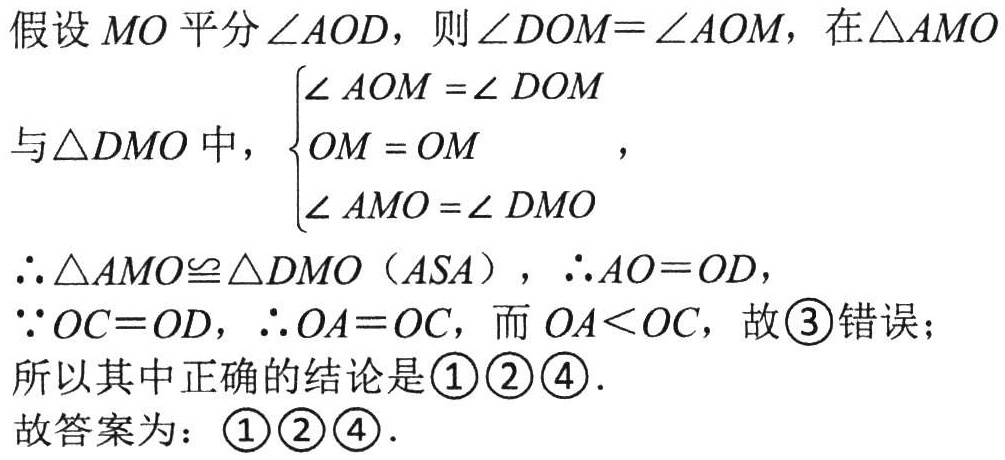
假设 \(MO\) 平分 \(\angle AOD\)，则 \(\angle DOM = \angle AOM\)，在 \(\triangle AMO\)
与 \(\triangle DMO\) 中，\(\begin{cases}
\angle AOM = \angle DOM\\
OM = OM\\
\angle AMO = \angle DMO
\end{cases}\)，
\(\therefore \triangle AMO\cong \triangle DMO\)（\(ASA\)），\(\therefore AO = OD\)，
\(\because OC = OD\)，\(\therefore OA = OC\)，而 \(OA<OC\)，故 \(\textcircled{3}\) 错误；
所以其中正确的结论是 \(\textcircled{1}\textcircled{2}\textcircled{4}\).
故答案为：\(\textcircled{1}\textcircled{2}\textcircled{4}\).